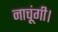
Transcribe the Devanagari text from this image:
नाचूंगी।